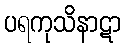
ပရကုသိနာဋာ